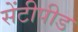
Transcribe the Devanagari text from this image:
सेंटीपीड